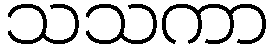
သသကာ